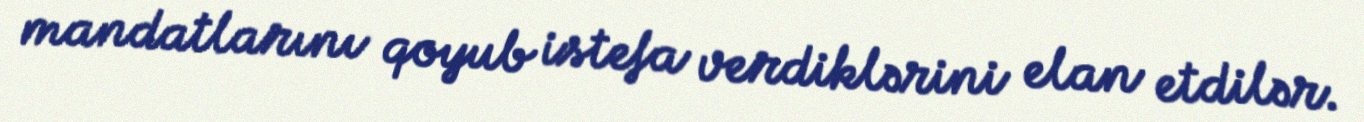
mandatlarını qoyub istefa verdiklərini elan etdilər.